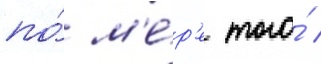
по́ м'е́р'е того́ /